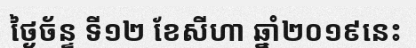
ថ្ងៃច័ន្ទ ទី១២ ខែសីហា ឆ្នាំ២០១៩នេះ